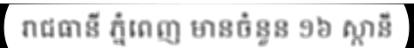
រាជធានី ភ្នំពេញ មានចំនួន ១៦ ស្ថានី